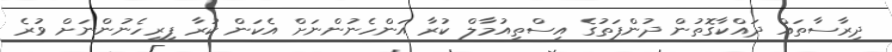
ދިރާސާތައް ދައްކާގޮތުން ދުންފަތުގެ އިސްތިއުމާލް ކުރާ އަންހެނުންނަށް އެކަން ކުރާ ފިރިހެނުންނަށް ވުރެ